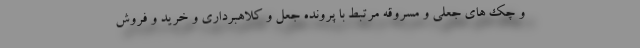
و چک های جعلی و مسروقه مرتبط با پرونده جعل و کلاهبرداری و خرید و فروش